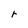
Character: r